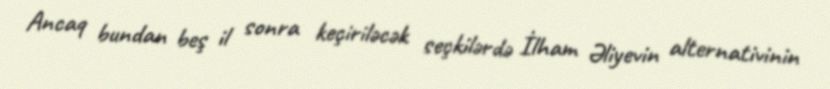
Ancaq bundan beş il sonra keçiriləcək seçkilərdə İlham Əliyevin alternativinin